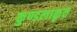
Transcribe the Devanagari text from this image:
कुण्डलाकृत